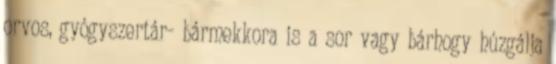
orvos, gyógyszertár- bármekkora is a sor vagy bárhogy húzgálja